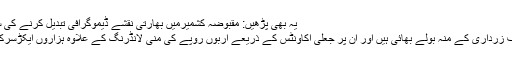
یہ بھی پڑھیں: مقبوضہ کشمیرمیں بھارتی نقشے ڈیموگرافی تبدیل کرنے کی سازش ہے، ترجمان دفتر خارجہ
اویس مظفر ٹپی سابق صدر آصف زرداری کے منہ بولے بھائی ہیں اور ان پر جعلی اکاؤنٹس کے ذریعے اربوں روپے کی منی لانڈرنگ کے علاوہ ہزاروں ایکڑسرکاری اراضی بیچنے کا الزام ہے۔